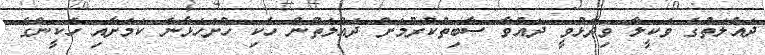
ދައުލަތުގެ ވަކީލާ ވިދާޅުވީ ދައުވާ ސާބިތުކުރުމަށް ދައުލަތުން ހެކި ހުށަހަޅާނެ ކަމަށާއި ހެކީންގެ